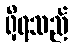
ရှိရသည်